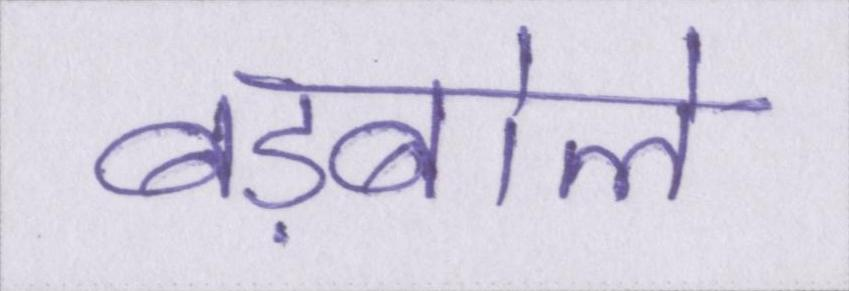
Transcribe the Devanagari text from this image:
बड़बोले